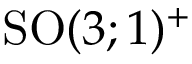
{ \mathrm { S O } } ( 3 ; 1 ) ^ { + }